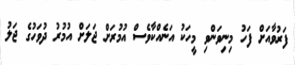
ފަރުވާއަށް ފަހު މިނިވަންވި މީހަކު އަނެއްކާވެސް އުމުރަށް ޖަލަށް އުމުރު ދުވަހުގެ ޖަލު